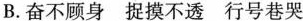
B. 奋不顾身捉摸不透行号巷哭